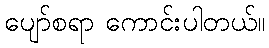
ပျော်စရာ ကောင်းပါတယ်။